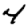
Digit: 4